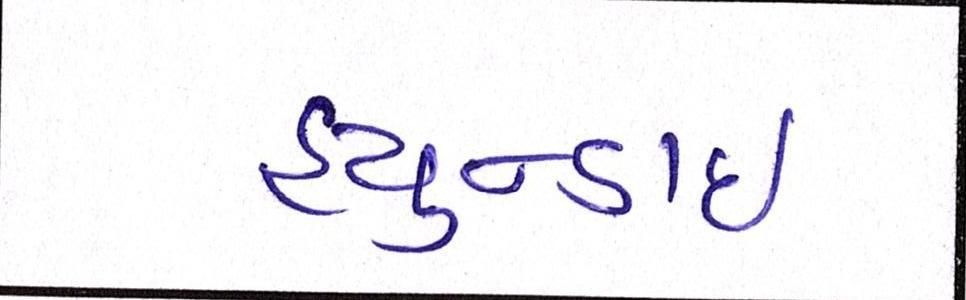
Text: હ્યુન્ડાઇ